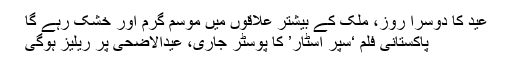
عید کا دوسرا روز، ملک کے بیشتر علاقوں میں موسم گرم اور خشک رہے گا
پاکستانی فلم ‘سپر اسٹار’ کا پوسٹر جاری، عیدالاضحی پر ریلیز ہوگی